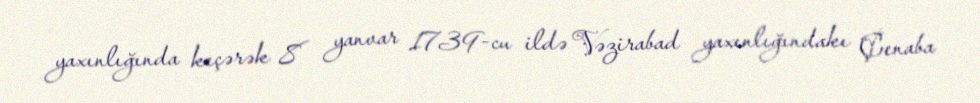
yaxınlığında keçərək 8 yanvar 1739-cu ildə Vəzirabad yaxınlığındakı Çenaba